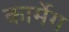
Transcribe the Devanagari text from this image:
कार्मेग